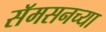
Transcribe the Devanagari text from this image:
सॅमसनच्या